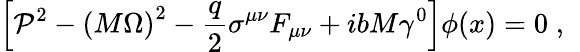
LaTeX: \left[{\cal\mathcal{P}}^{2}-\left(M\Omega\right)^{2}-\frac{q}{2}\sigma^{\mu\nu}F_{\mu\nu}+ibM\gamma^{0}\right]\phi(x)=0\; ,\; \;